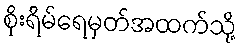
စိုးရိမ်ရေမှတ်အထက်သို့